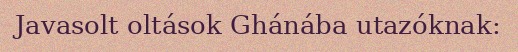
Javasolt oltások Ghánába utazóknak: